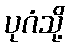
ပုဂံသို့